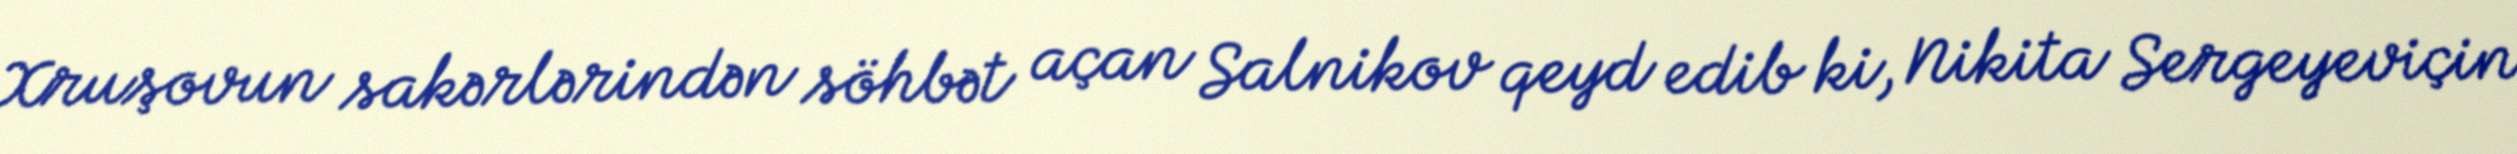
Xruşovun sakərlərindən söhbət açan Salnikov qeyd edib ki, Nikita Sergeyeviçin